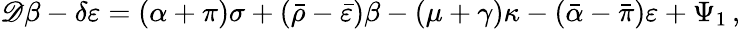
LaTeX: \mathscr{D}\beta-\delta\varepsilon=(\alpha+\pi)\sigma+({\bar{{\rho}}}-{\bar{{\varepsilon}}})\beta-(\mu+\gamma)\kappa-({\bar{{\alpha}}}-{\bar{{\pi}}})\varepsilon+\Psi_{1}\, ,